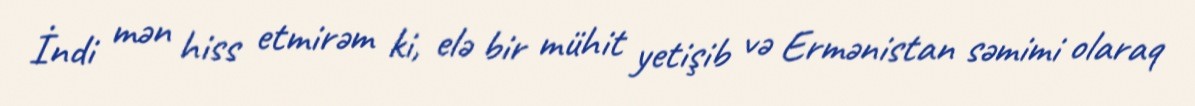
İndi mən hiss etmirəm ki, elə bir mühit yetişib və Ermənistan səmimi olaraq